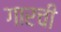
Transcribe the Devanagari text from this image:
गारची